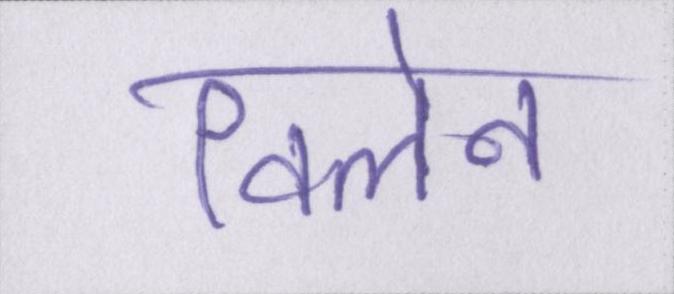
विलेन